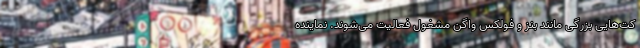
کت‌هایی بزرگی مانند بنز و فولکس واگن مشغول فعالیت می‌شوند. نماینده